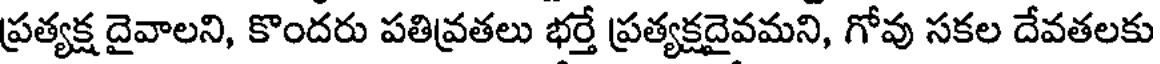
ప్రత్యక్ష దైవాలని, కొందరు పతివ్రతలు భర్తే ప్రత్యక్షదైవమని, గోవు సకల దేవతలకు